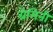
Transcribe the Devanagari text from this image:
ग्रेमिनी